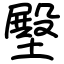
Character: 壂